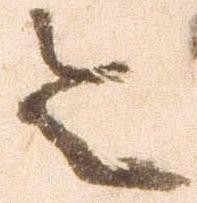
令